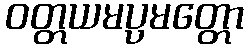
ဝတ္တယမပ္ပမတ္တော